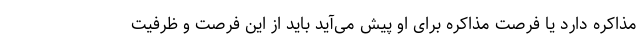
مذاکره دارد یا فرصت مذاکره برای او پیش می‌آید باید از این فرصت و ظرفیت